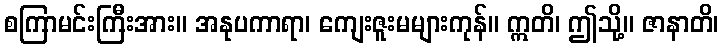
စကြာမင်းကြီးအား။ အနုပကာရာ၊ ကျေးဇူးမများကုန်။ ဣတိ၊ ဤသို့။ ဇာနာတိ၊